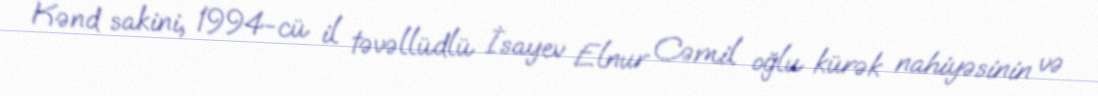
Kənd sakini, 1994-cü il təvəllüdlü İsayev Elnur Cəmil oğlu kürək nahiyəsinin və